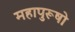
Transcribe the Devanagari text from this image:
महापुरूषो